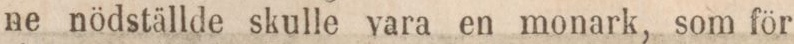
ne nödställde skulle vara en monark, som för